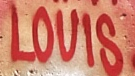
LOUIS